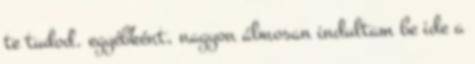
te tudod. egyébként, nagyon álmosan indultam be ide a